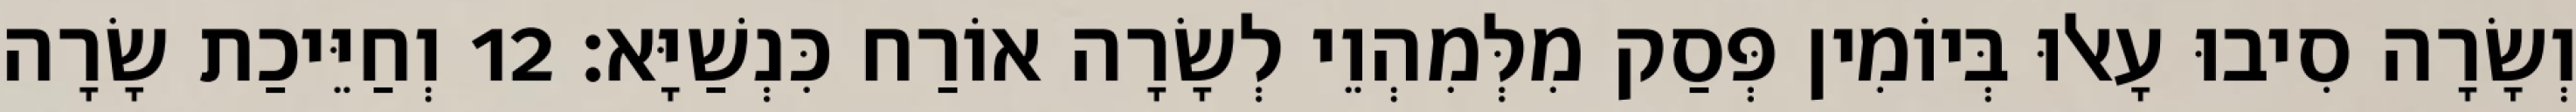
וְשָׂרָה סִיבוּ עָאלוּ בְּיוֹמִין פְּסַק מִלְּמִהְוֵי לְשָׂרָה אוֹרַח כִּנְשַׁיָּא׃ 12 וְחַיֵּיכַת שָׂרָה